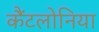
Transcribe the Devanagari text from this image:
कैंटलोनिया